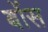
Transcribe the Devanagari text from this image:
बोंस